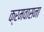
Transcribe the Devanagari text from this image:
क्रमवासना